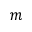
m